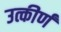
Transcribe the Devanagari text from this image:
उत्कीर्णं